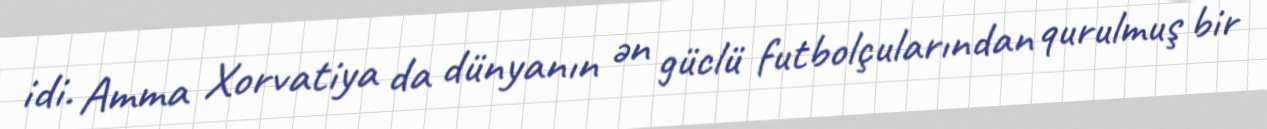
idi. Amma Xorvatiya da dünyanın ən güclü futbolçularından qurulmuş bir